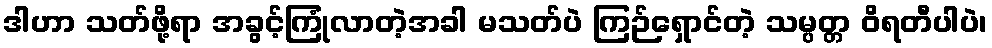
ဒါဟာ သတ်ဖို့ရာ အခွင့်ကြုံလာတဲ့အခါ မသတ်ပဲ ကြဉ်ရှောင်တဲ့ သမ္ပတ္တ ဝိရတီပါပဲ၊